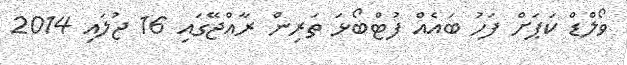
ވޯލްޑް ކަޕަށް ފަހު ބައެއް ފުޓްބޯޅަ ތަރިން ރާއްޖޭގައި 16 ޖުލައި 2014